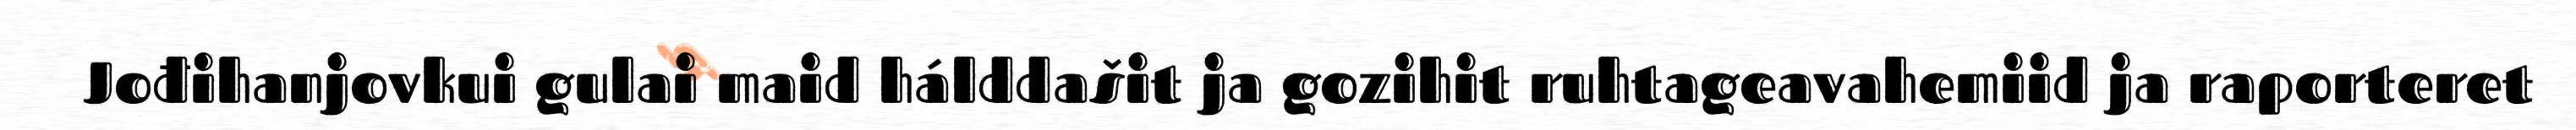
Jođihanjovkui gulai maid hálddašit ja gozihit ruhtageavahemiid ja raporteret